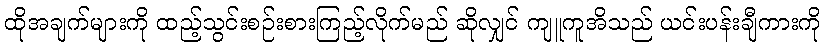
ထိုအချက်များကို ထည့်သွင်းစဉ်းစားကြည့်လိုက်မည် ဆိုလျှင် ကျူကူအိသည် ယင်းပန်းချီကားကို